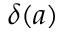
\delta ( a )